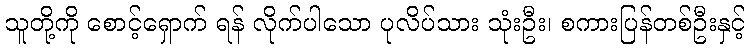
သူတို့ကို စောင့်ရှောက် ရန် လိုက်ပါသော ပုလိပ်သား သုံးဦး၊ စကားပြန်တစ်ဦးနှင့်